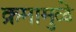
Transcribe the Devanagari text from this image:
क्रमामुळे